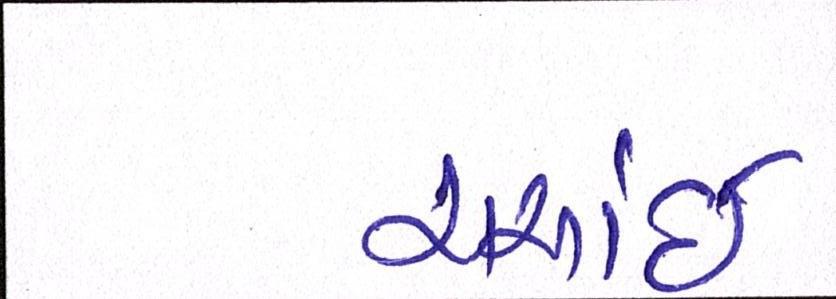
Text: ચર્ચાઈ